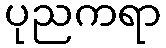
ပုညကရာ